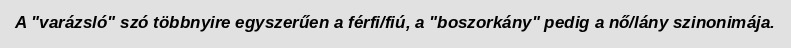
A "varázsló" szó többnyire egyszerűen a férfi/fiú, a "boszorkány" pedig a nő/lány szinonimája.